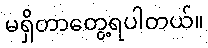
မရှိတာတွေ့ရပါတယ်။